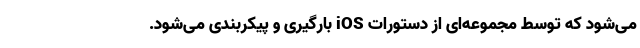
می‌شود که توسط مجموعه‌ای از دستورات iOS بارگیری و پیکربندی می‌شود.